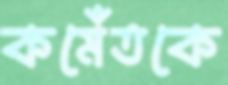
কমেঁঁতকে